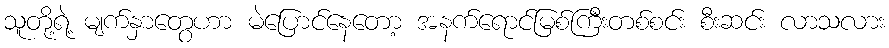
သူတို့ရဲ့ မျက်နှာတွေဟာ မဲပြောင်နေတော့ အနက်ရောင်မြစ်ကြီးတစ်စင်း စီးဆင်း လာသလား